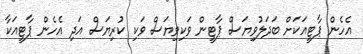
އެހެން ޕާޓީއަކަށް ބަދަލުވިޔަސް ޕާޓީން ވަކިވިޔަސް ވަކި ކުރިޔަސް އަދި އެހެން ޕާޓީއަކާ